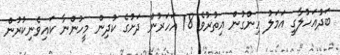
ބަދުއަހުލާގީ އަމަލު ހިންގުން އިތުރުވެ 18 އަހަރުން ދަށުގެ ކުދިން މީހުންނާ ކައިވެނިކުރުން